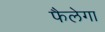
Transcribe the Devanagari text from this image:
फैलेगा